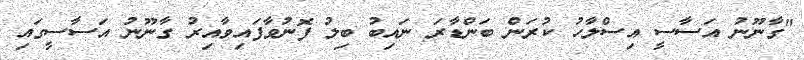
"ގާނޫނު އަސާސީ އިސްލާހު ކުރަން ބަންޑާރަ ނައިބު ބިލު ފޮނުވާފައިވާއިރު ގާނޫނު އަސާސީގައި